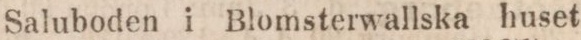
Saluboden i Blomsterwallska huset